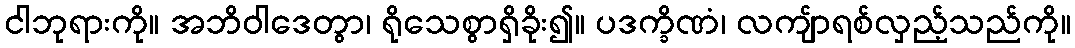
ငါဘုရားကို။ အဘိဝါဒေတွာ၊ ရိုသေစွာရှိခိုး၍။ ပဒက္ခိဏံ၊ လကျ်ာရစ်လှည့်သည်ကို။